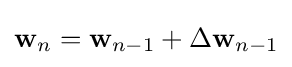
\mathbf {w} _{n}=\mathbf {w} _{n-1}+\Delta \mathbf {w} _{n-1}